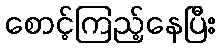
စောင့်ကြည့်နေပြီး